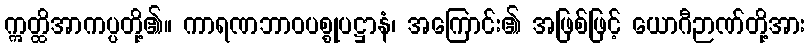
ဣတ္ထိအာကပ္ပတို့၏။ ကာရဏဘာဝပစ္စုပဋ္ဌာနံ၊ အကြောင်း၏ အဖြစ်ဖြင့် ယောဂီဉာဏ်တို့အား